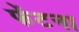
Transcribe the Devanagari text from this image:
फेंटना